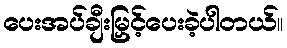
ပေးအပ်ချီးမြှင့်ပေးခဲ့ပါတယ်။